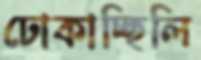
ঢোকাচ্ছিলি